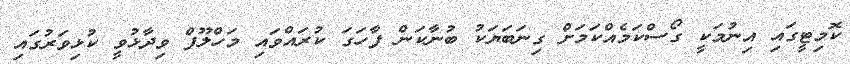
ކޮމިޓީގައި އިނުމަކީ ގޯސްކަމެއްކަމަށް ގިނަބަޔަކު ބުނާކަން ފާހަގަ ކުރައްވައި މަހްލޫފް ވިދާޅުވީ ކުޅިވަރުގައި